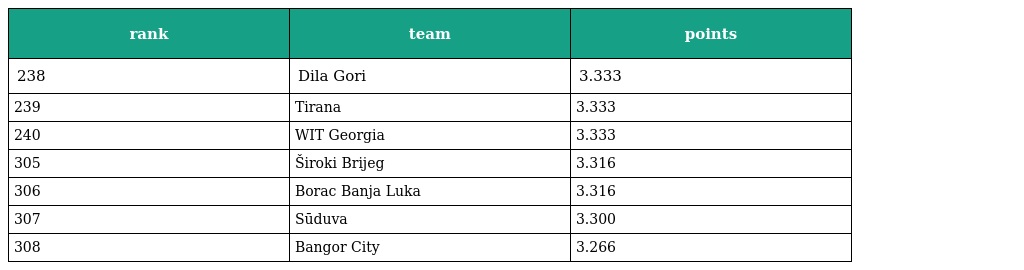
| rank | team | points |
 | --- | --- | --- |
 | 238 | Dila Gori | 3.333 |
 | 239 | Tirana | 3.333 |
 | 240 | WIT Georgia | 3.333 |
 | 305 | Široki Brijeg | 3.316 |
 | 306 | Borac Banja Luka | 3.316 |
 | 307 | Sūduva | 3.300 |
 | 308 | Bangor City | 3.266 |